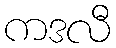
ကဒလီ